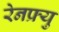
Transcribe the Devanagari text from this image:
रेनफ्र्यु